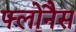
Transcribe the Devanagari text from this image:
फ्लोनैस